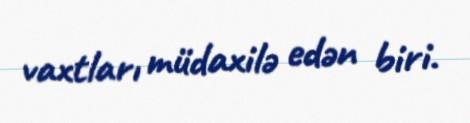
vaxtları müdaxilə edən biri.